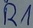
Text: R1